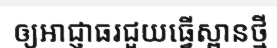
ឲ្យអាជ្ញាធរជួយធ្វើស្ពានថ្មី